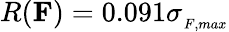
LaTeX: R({\mathbf F})=0.091\sigma_{{}_{F,max}}